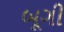
બૂગી